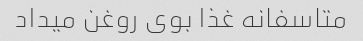
متاسفانه غذا بوی روغن میداد